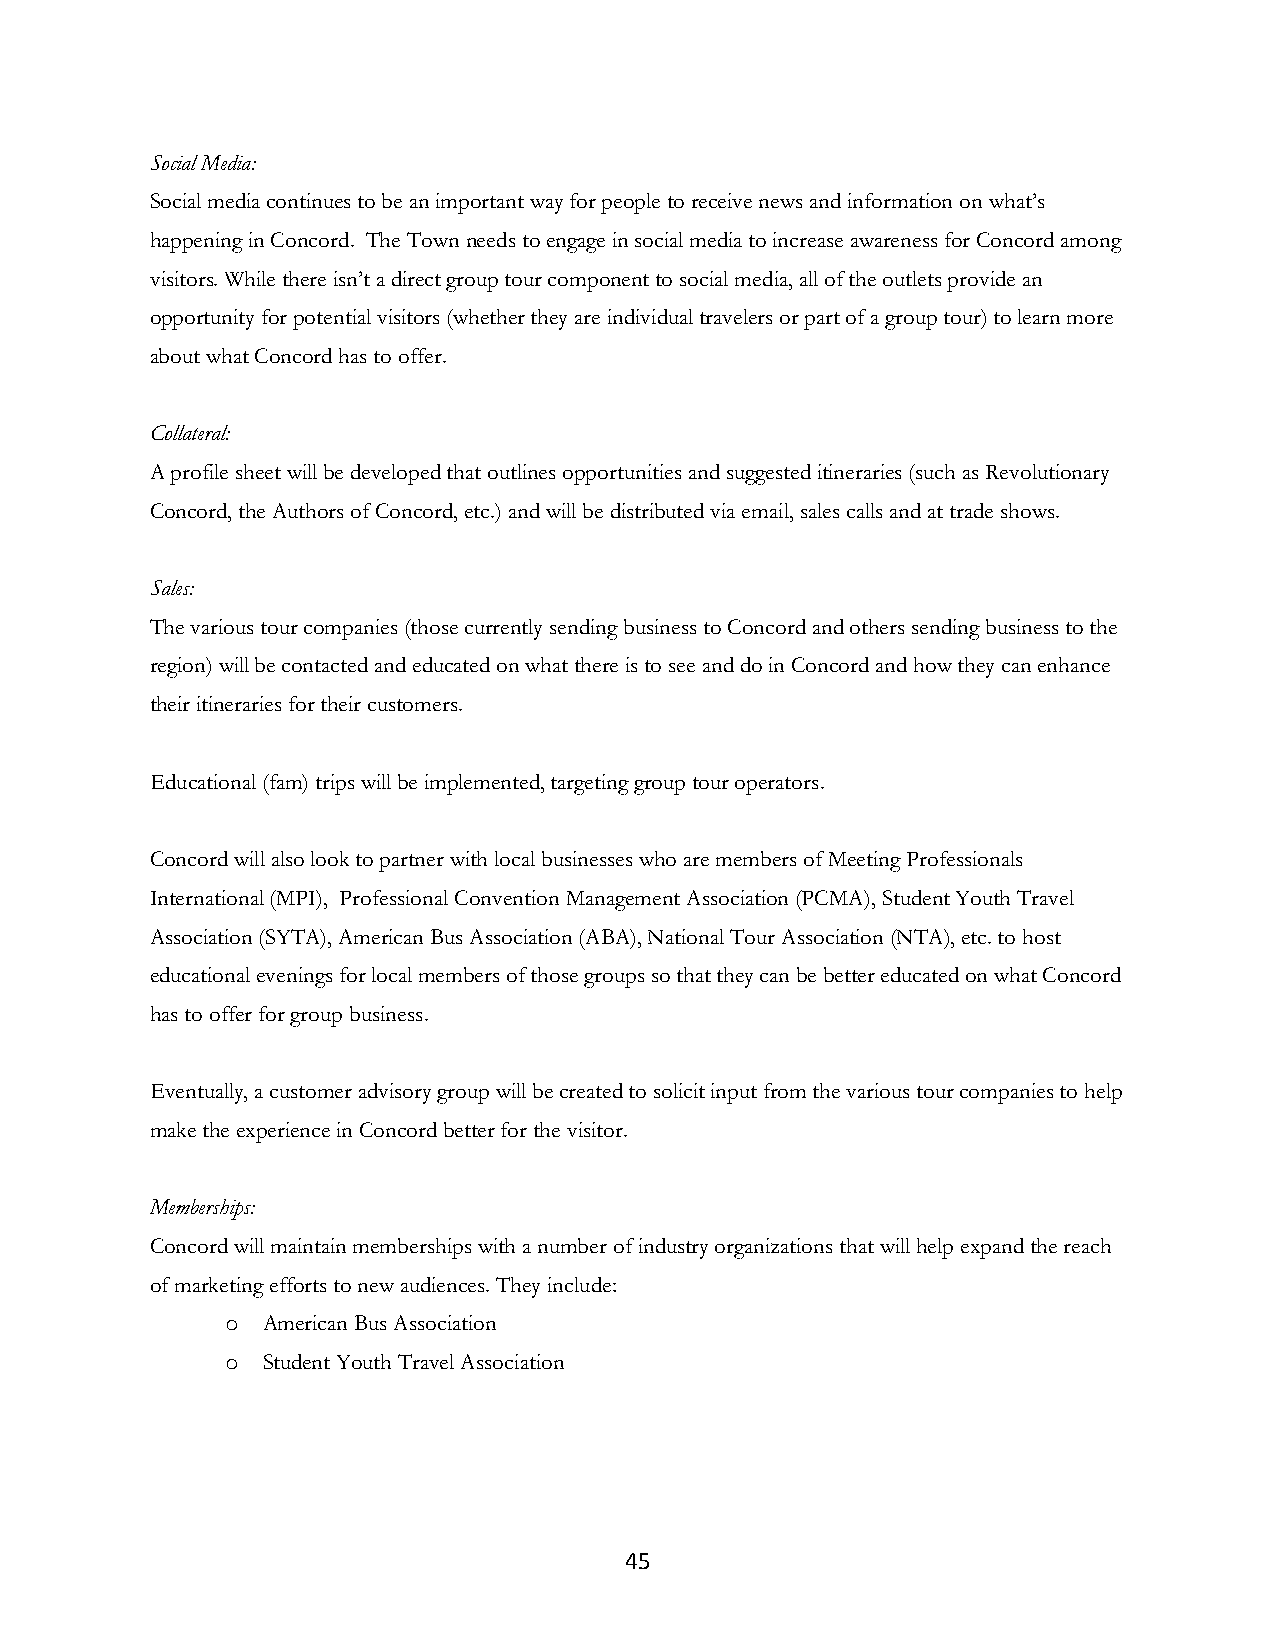
Social Media:
 Social media continues to be an important way for people to receive news and information on what’s
 happening in Concord. The Town needs to engage in social media to increase awareness for Concord among
 visitors. While there isn’t a direct group tour component to social media, all of the outlets provide an
 opportunity for potential visitors (whether they are individual travelers or part of a group tour) to learn more
 about what Concord has to offer.
 Collateral:
 A profile sheet will be developed that outlines opportunities and suggested itineraries (such as Revolutionary
 Concord, the Authors of Concord, etc.) and will be distributed via email, sales calls and at trade shows.
 Sales:
 The various tour companies (those currently sending business to Concord and others sending business to the
 region) will be contacted and educated on what there is to see and do in Concord and how they can enhance
 their itineraries for their customers.
 Educational (fam) trips will be implemented, targeting group tour operators.
 Concord will also look to partner with local businesses who are members of Meeting Professionals
 International (MPI), Professional Convention Management Association (PCMA), Student Youth Travel
 Association (SYTA), American Bus Association (ABA), National Tour Association (NTA), etc. to host
 educational evenings for local members of those groups so that they can be better educated on what Concord
 has to offer for group business.
 Eventually, a customer advisory group will be created to solicit input from the various tour companies to help
 make the experience in Concord better for the visitor.
 Memberships:
 Concord will maintain memberships with a number of industry organizations that will help expand the reach
 of marketing efforts to new audiences. They include:
 o American Bus Association
 o Student Youth Travel Association
 45